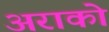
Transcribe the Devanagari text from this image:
अराको